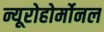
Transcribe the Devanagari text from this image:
न्यूरोहोर्मोनल